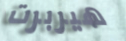
هيربرت